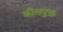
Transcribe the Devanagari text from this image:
कीलयुक्त